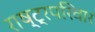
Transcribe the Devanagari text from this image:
राष्ट्रपरिवार